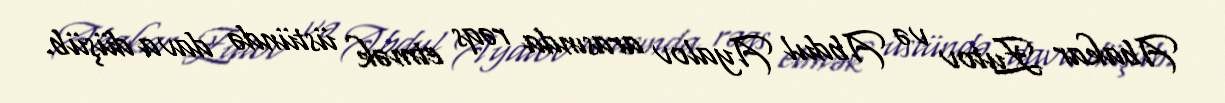
Abakar Zutov və Abdul Ayalov arasında rəqs etmək üstündə dava düşüb.